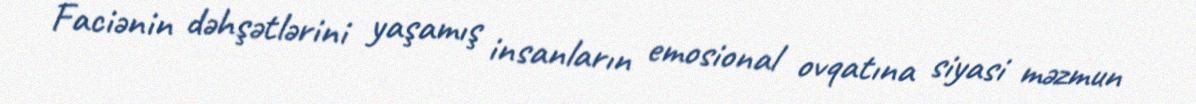
Faciənin dəhşətlərini yaşamış insanların emosional ovqatına siyasi məzmun